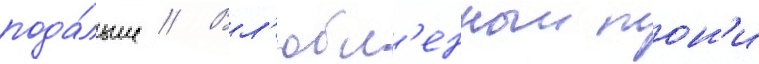
пода́льше // Вл'юбл'енныи тон'и